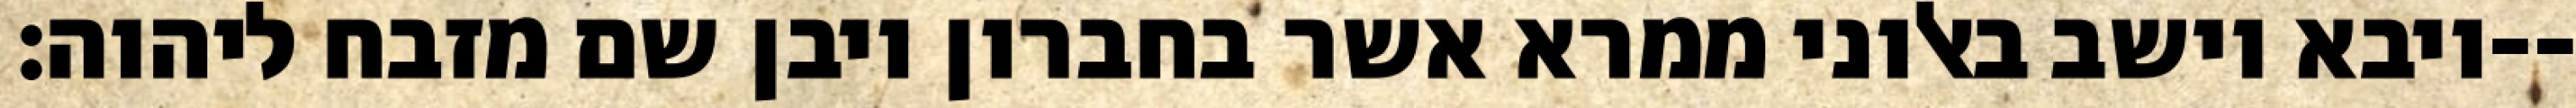
ויבא וישב באלוני ממרא אשר בחברון ויבן שם מזבח ליהוה׃--